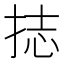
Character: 𭠶